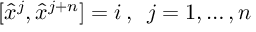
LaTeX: [ \hat { x } ^ { j } , \hat { x } ^ { j + n } ] = i \, , \enspace j = 1 , \dots , n